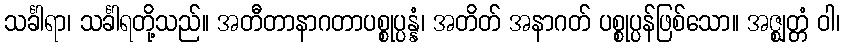
သင်္ခါရာ၊ သင်္ခါရတို့သည်။ အတီတာနာဂတာပစ္စုပ္ပန္နံ၊ အတိတ် အနာဂတ် ပစ္စုပ္ပန်ဖြစ်သော။ အဇ္ဈတ္တံ ဝါ၊